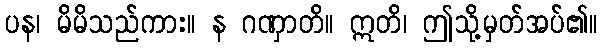
ပန၊ မိမိသည်ကား။ န ဂဏှာတိ။ ဣတိ၊ ဤသို့မှတ်အပ်၏။